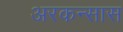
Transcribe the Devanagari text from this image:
अरकन्‍सास